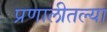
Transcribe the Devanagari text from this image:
प्रणालीतल्या